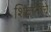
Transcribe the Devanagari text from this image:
शिवानींचे